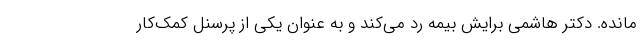
مانده. دکتر هاشمی برایش بیمه رد می‌کند و به عنوان یکی از پرسنل کمک‌کار